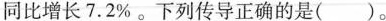
同比增长7.2\%。下列传导正确的是( )。